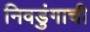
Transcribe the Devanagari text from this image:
निवडुंगाची